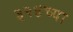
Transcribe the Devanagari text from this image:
३२४च्या